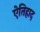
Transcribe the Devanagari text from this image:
ऐतिहाद